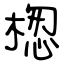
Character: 楤